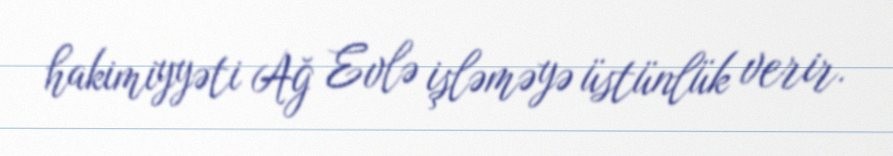
hakimiyyəti Ağ Evlə işləməyə üstünlük verir.